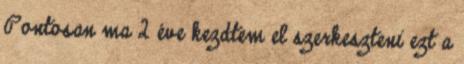
Pontosan ma 2 éve kezdtem el szerkeszteni ezt a